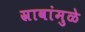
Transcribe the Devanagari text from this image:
स्रावांमुळे